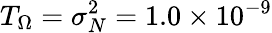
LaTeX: T_{\Omega}=\sigma_{N}^{2}=1.0\times 10^{-9}